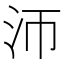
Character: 沞